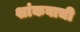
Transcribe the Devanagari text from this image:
शांकवाची